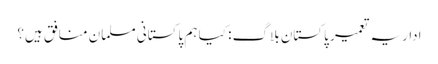
اداریہ تعمیر پاکستان بلاگ : کیا ہم پاکستانی مسلمان منافق ہیں؟